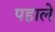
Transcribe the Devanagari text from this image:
पहाले